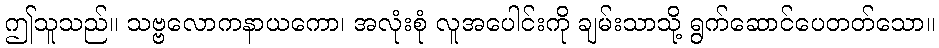
ဤသူသည်။ သဗ္ဗလောကနာယကော၊ အလုံးစုံ လူအပေါင်းကို ချမ်းသာသို့ ရွက်ဆောင်ပေတတ်သော။